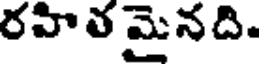
రహిత మైనది.